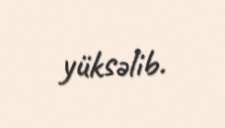
yüksəlib.